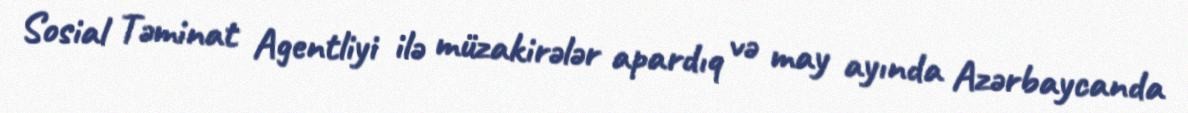
Sosial Təminat Agentliyi ilə müzakirələr apardıq və may ayında Azərbaycanda